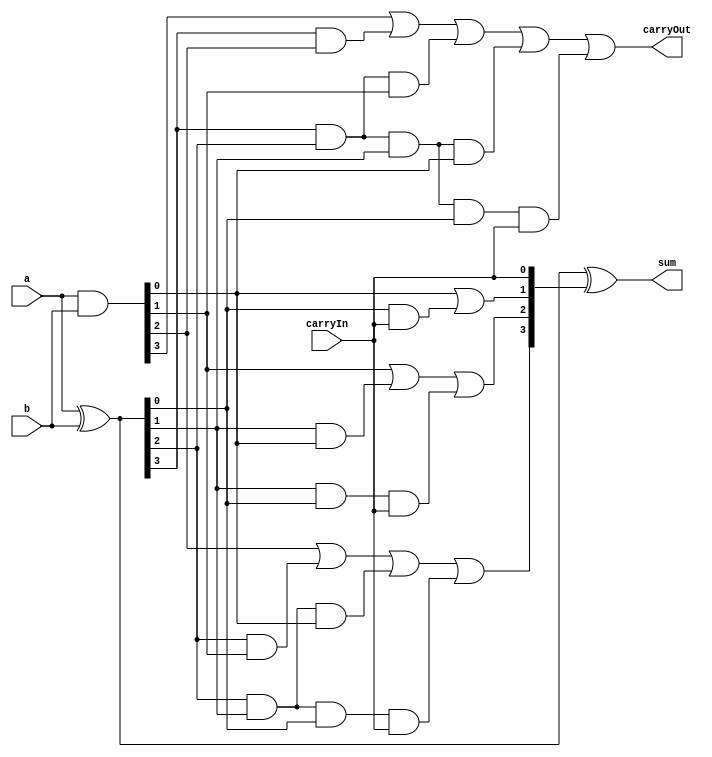
// 4 Bit CarryLook Ahead addercode
module CLA(a, b, carryIn, carryOut,sum);
	input [3:0] a, b ;
	input  carryIn;
	output [3:0] sum;
	
	
	// output PG;
	// output GG;
	
	output carryOut;
	
	wire[3:0]p ,g ,c;
	
  assign p=a^b;
  assign g=a&b;


assign c[0]=carryIn;
assign c[1]= g[0]|(p[0]&c[0]);
assign c[2]= g[1] | (p[1]&g[0]) | p[1]&p[0]&c[0];
assign c[3]= g[2] | (p[2]&g[1]) | p[2]&p[1]&g[0] | p[2]&p[1]&p[0]&c[0];
assign carryOut= g[3] | (p[3]&g[2]) | p[3]&p[2]&g[1] | p[3]&p[2]&p[1]&g[0] | p[3]&p[2]&p[1]&p[0]&c[0];
assign sum=p^c;
	
endmodule